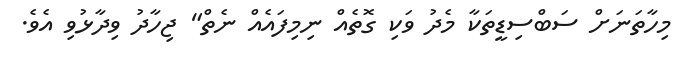
މިހާތަނަށް ސަބްސިޑީތަކާ މެދު ވަކި ގޮތެއް ނިމިފައެއް ނެތް" ޖިހާދު ވިދާޅުވި އެވެ.